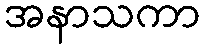
အနာသကာ